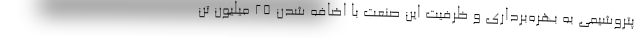
پتروشیمی به بهره‌برداری و ظرفیت این صنعت با اضافه شدن ۲۵ میلیون تن